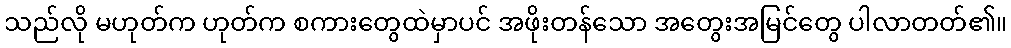
သည်လို မဟုတ်က ဟုတ်က စကားတွေထဲမှာပင် အဖိုးတန်သော အတွေးအမြင်တွေ ပါလာတတ်၏။